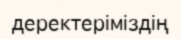
деректеріміздің